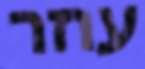
עוזר